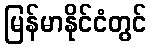
မြန်မာနိုင်ငံတွင်